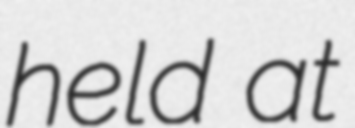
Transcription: held at